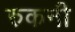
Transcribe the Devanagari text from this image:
रुकनी